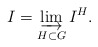
\begin{align*}I = \varinjlim_{H \subset G} I^H.\end{align*}